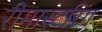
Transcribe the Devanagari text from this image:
रीमास्टरिंग